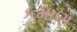
કમાણ